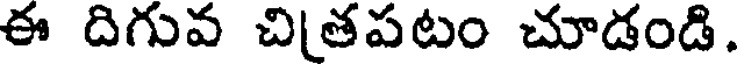
ఈ దిగువ చితపటం చూడండి.